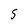
Character: 5